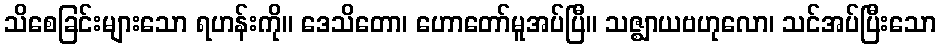
သိစေခြင်းများသော ရဟန်းကို။ ဒေသိတော၊ ဟောတော်မူအပ်ပြီ။ သဇ္ဈာယဗဟုလော၊ သင်အပ်ပြီးသော